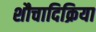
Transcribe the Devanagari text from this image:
शौचादिक्रिया